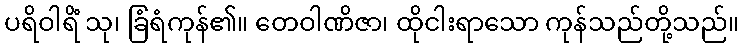
ပရိဝါရိံ သု၊ ခြံရံကုန်၏။ တေဝါဏိဇာ၊ ထိုငါးရာသော ကုန်သည်တို့သည်။